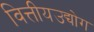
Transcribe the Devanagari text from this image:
वित्तीयउद्योग